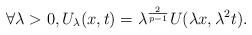
LaTeX: \begin{align*}\forall \lambda > 0, U_\lambda(x, t) = \lambda^\frac{2}{p-1} U(\lambda x, \lambda^2 t).\end{align*}